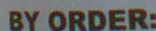
BY ORDER: